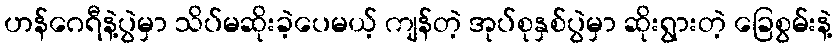
ဟန်ဂေရီနဲ့ပွဲမှာ သိပ်မဆိုးခဲ့ပေမယ့် ကျန်တဲ့ အုပ်စုနှစ်ပွဲမှာ ဆိုးရွားတဲ့ ခြေစွမ်းနဲ့